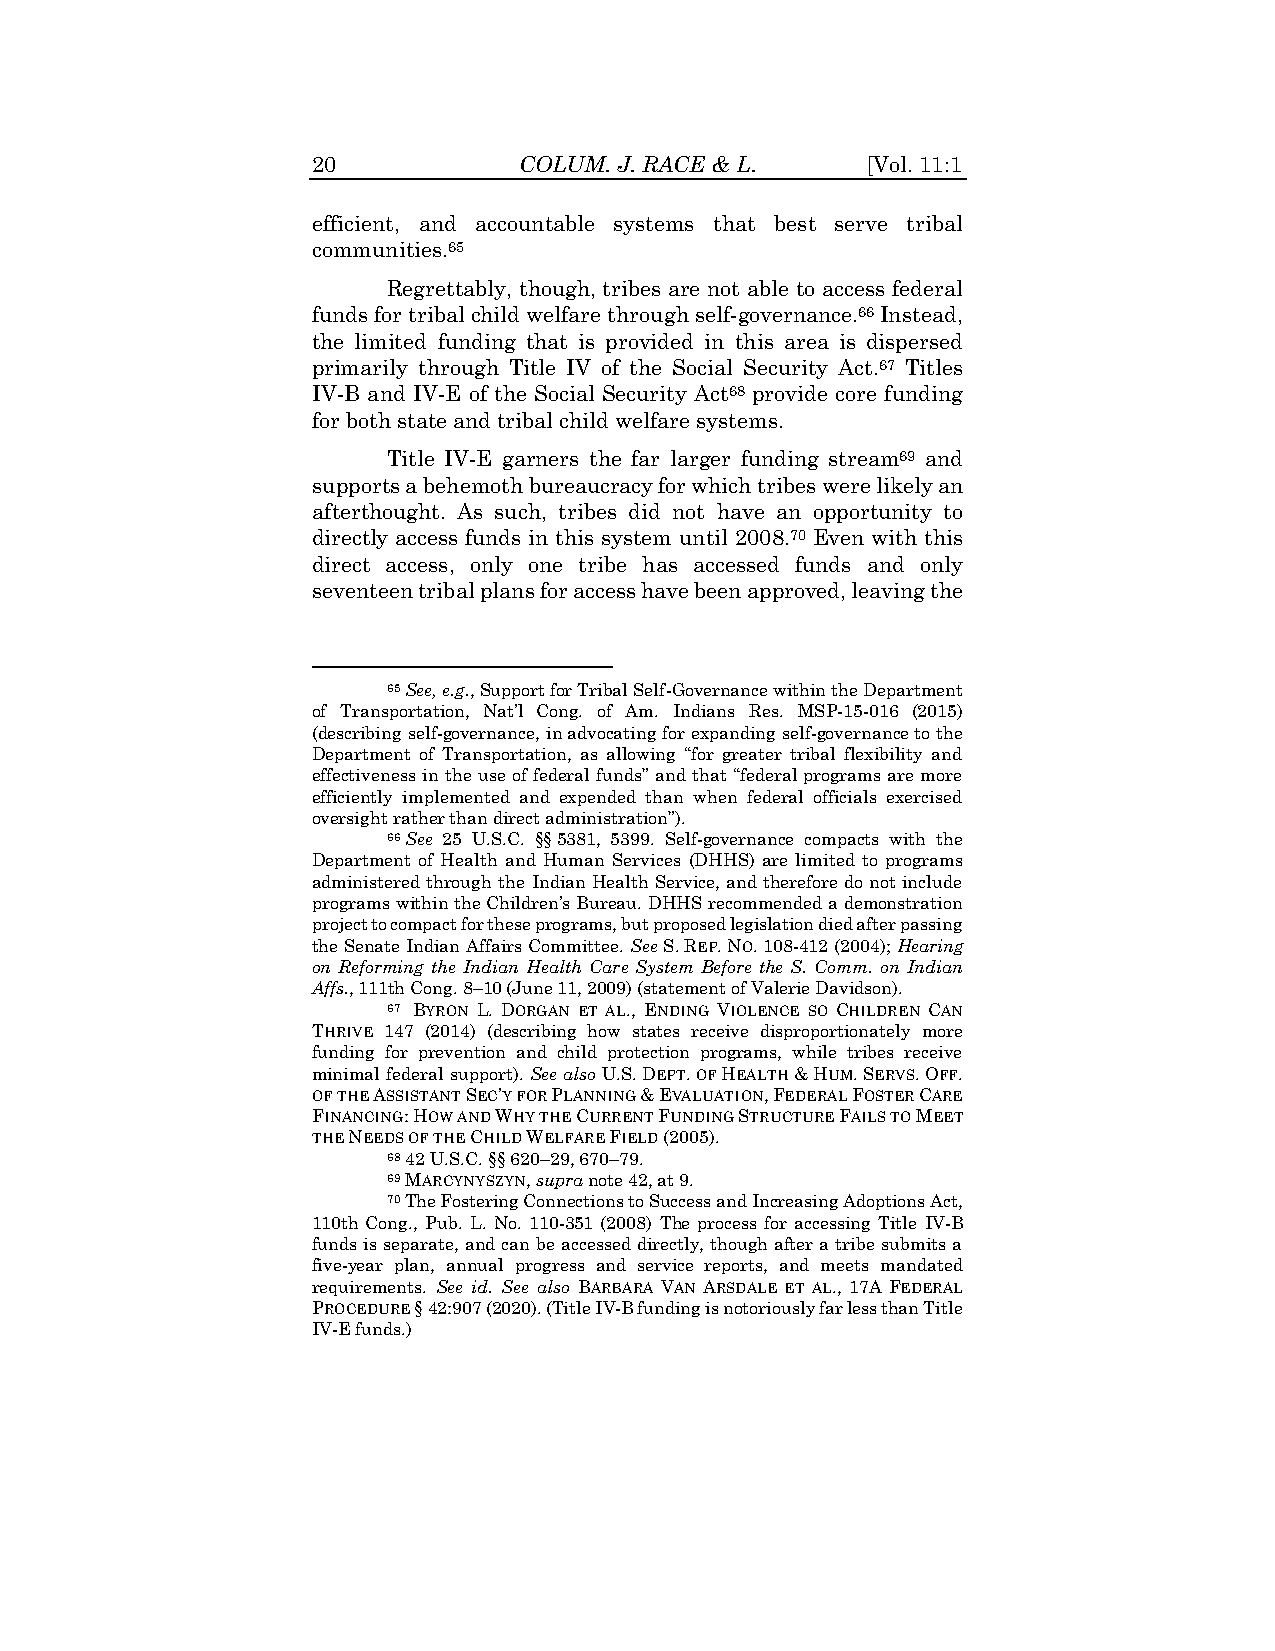
20           COLUM. J. RACE & L.    [Vol. 11:1
 efficient, and accountable systems that best serve tribal
 communities.65
 Regrettably, though, tribes are not able to access federal
 funds for tribal child welfare through self-governance.66 Instead,
 the limited funding that is provided in this area is dispersed
 primarily through Title IV of the Social Security Act.67 Titles
 IV-B and IV-E of the Social Security Act68 provide core funding
 for both state and tribal child welfare systems.
 Title IV-E garners the far larger funding stream69 and
 supports a behemoth bureaucracy for which tribes were likely an
 afterthought. As such, tribes did not have an opportunity to
 directly access funds in this system until 2008.70 Even with this
 direct access, only one tribe has accessed funds and only
 seventeen tribal plans for access have been approved, leaving the
 65 See, e.g., Support for Tribal Self-Governance within the Department
 of Transportation, Nat’l Cong. of Am. Indians Res. MSP-15-016 (2015)
 (describing self-governance, in advocating for expanding self-governance to the
 Department of Transportation, as allowing “for greater tribal flexibility and
 effectiveness in the use of federal funds” and that “federal programs are more
 efficiently implemented and expended than when federal officials exercised
 oversight rather than direct administration”).
 66 See 25 U.S.C. §§ 5381, 5399. Self-governance compacts with the
 Department of Health and Human Services (DHHS) are limited to programs
 administered through the Indian Health Service, and therefore do not include
 programs within the Children’s Bureau. DHHS recommended a demonstration
 project to compact for these programs, but proposed legislation died after passing
 the Senate Indian Affairs Committee. See S. REP. NO. 108-412 (2004); Hearing
 on Reforming the Indian Health Care System Before the S. Comm. on Indian
 Affs., 111th Cong. 8–10 (June 11, 2009) (statement of Valerie Davidson).
 67 BYRON L. DORGAN ET AL., ENDING VIOLENCE SO CHILDREN CAN
 THRIVE 147 (2014) (describing how states receive disproportionately more
 funding for prevention and child protection programs, while tribes receive
 minimal federal support). See also U.S. DEPT. OF HEALTH & HUM. SERVS. OFF.
 OF THE ASSISTANT SEC’Y FOR PLANNING & EVALUATION, FEDERAL FOSTER CARE
 FINANCING: HOW AND WHY THE CURRENT FUNDING STRUCTURE FAILS TO MEET
 THE NEEDS OF THE CHILD WELFARE FIELD (2005).
 68 42 U.S.C. §§ 620–29, 670–79.
 69 MARCYNYSZYN, supra note 42, at 9.
 70 The Fostering Connections to Success and Increasing Adoptions Act,
 110th Cong., Pub. L. No. 110-351 (2008) The process for accessing Title IV-B
 funds is separate, and can be accessed directly, though after a tribe submits a
 five-year plan, annual progress and service reports, and meets mandated
 requirements. See id. See also BARBARA VAN ARSDALE ET AL., 17A FEDERAL
 PROCEDURE § 42:907 (2020). (Title IV-B funding is notoriously far less than Title
 IV-E funds.)